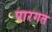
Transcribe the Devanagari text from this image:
पारगत